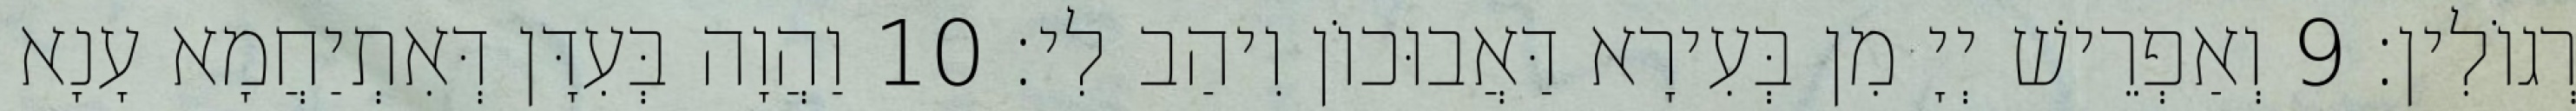
רְגוֹלִין׃ 9 וְאַפְרֵישׁ יְיָ מִן בְּעִירָא דַּאֲבוּכוֹן וִיהַב לִי׃ 10 וַהֲוָה בְּעִדָּן דְּאִתְיַחֲמָא עָנָא